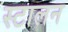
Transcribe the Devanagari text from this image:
स्टालन